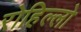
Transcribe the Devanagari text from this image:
रोहिल्लो